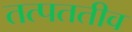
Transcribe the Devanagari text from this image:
तत्पततीव